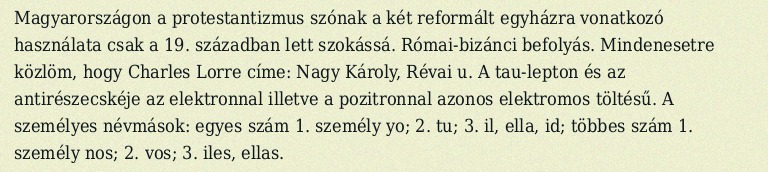
Magyarországon a protestantizmus szónak a két reformált egyházra vonatkozó használata csak a 19. században lett szokássá. Római-bizánci befolyás. Mindenesetre közlöm, hogy Charles Lorre címe: Nagy Károly, Révai u. A tau-lepton és az antirészecskéje az elektronnal illetve a pozitronnal azonos elektromos töltésű. A személyes névmások: egyes szám 1. személy yo; 2. tu; 3. il, ella, id; többes szám 1. személy nos; 2. vos; 3. iles, ellas.